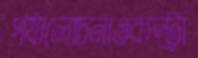
পর্যালোচনাওকন্ট্রা